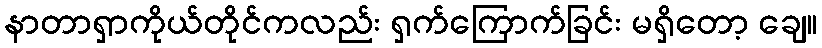
နာတာရှာကိုယ်တိုင်ကလည်း ရှက်ကြောက်ခြင်း မရှိတော့ ချေ။